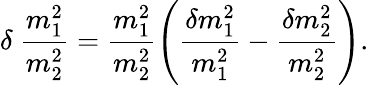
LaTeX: \delta\ \frac{m_{1}^{2}}{m_{2}^{2}}=\frac{m_{1}^{2}}{m_{2}^{2}}\left(\frac{\delta m_{1}^{2}}{m_{1}^{2}}-\frac{\delta m_{2}^{2}}{m_{2}^{2}}\right).